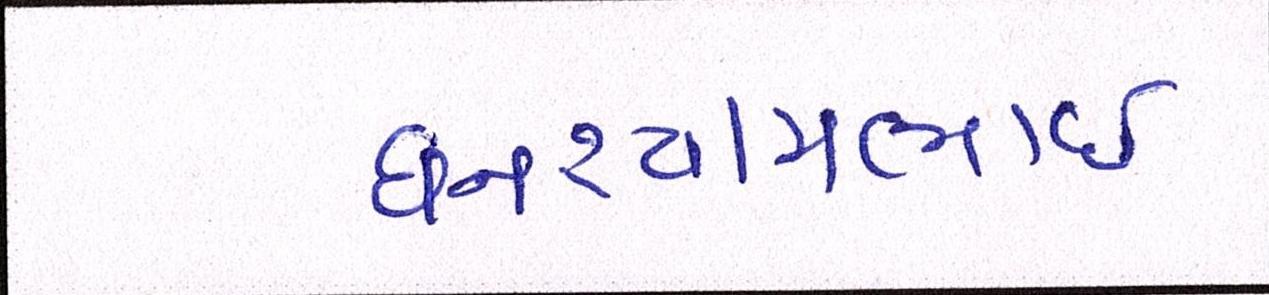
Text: ઘનશ્યામભાઈ